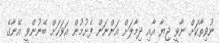
ނުވިތާކަށް ނާވީ ޖިޔާ އާއި ދިމާލަށް އަންނަން ފެށުމުން އަވަހަށް ބޭނުންވީ އޭނާގެ